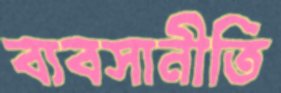
ব্যবসানীতি